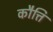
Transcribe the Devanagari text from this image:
कौत्ति